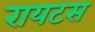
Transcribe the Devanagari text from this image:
रायटस